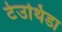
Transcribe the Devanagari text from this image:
टेउथिडा